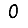
Digit: 0